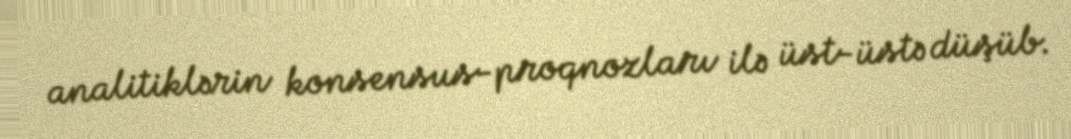
analitiklərin konsensus-proqnozları ilə üst-üstə düşüb.